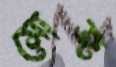
সোজ